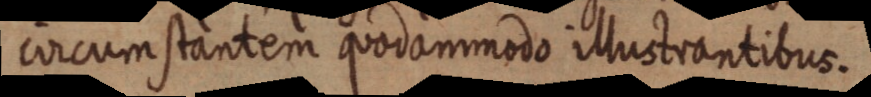
circumstantem quodammodo illustrantibus.